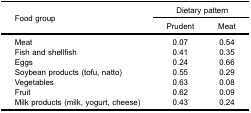
<table><thead><tr><td rowspan="3"><b>Food group</b></td><td colspan="2"><b>Dietary pattern</b></td></tr><tr><td><b>Prudent</b></td><td><b>Meat</b></td></tr></thead><tbody><tr><td>Meat</td><td>0.07</td><td>0.54</td></tr><tr><td>Fish and shellfish</td><td>0.41</td><td>0.35</td></tr><tr><td>Eggs</td><td>0.24</td><td>0.66</td></tr><tr><td>Soybean products (tofu, natto)</td><td>0.55</td><td>0.29</td></tr><tr><td>Vegetables</td><td>0.63</td><td>0.08</td></tr><tr><td>Fruit</td><td>0.62</td><td>0.09</td></tr><tr><td>Milk products (milk, yogurt, cheese)</td><td>0.43</td><td>0.24</td></tr></tbody></table>